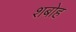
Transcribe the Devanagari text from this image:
शबोह